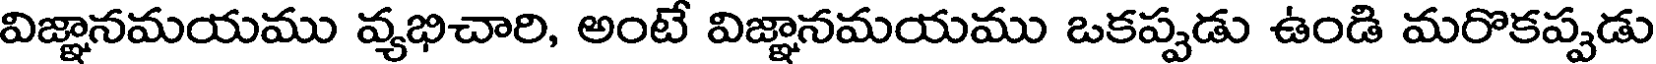
విజ్ఞానమయము వ్యభిచారి, అంటే విజ్ఞానమయము ఒకప్పడు ఉండి మరొకప్పడు